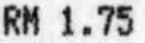
RM 1.75